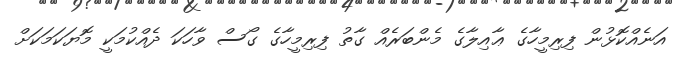
އަނެއްކޮޅުން ފިރިމީހާގެ ޢާއިލާގެ މެންބަރެއް ގާތު ފިރިމީހާގެ ގޯސް ވާހަކަ ދެއްކުމަކީ މޮޔަކަމަކަށް